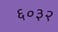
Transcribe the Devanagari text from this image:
६०३२